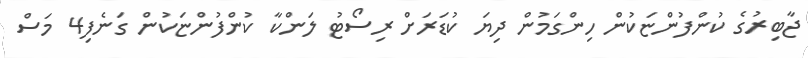
ޖާބިރުގެ ކުންފުންޏަކުން ހިންގަމުން ދިޔަ ކުޑަރަށް ރިސޯޓު ލަންކާ ކުންފުންޏަކުން ގަނެފި4 މަސް